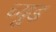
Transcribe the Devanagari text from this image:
च्यूड